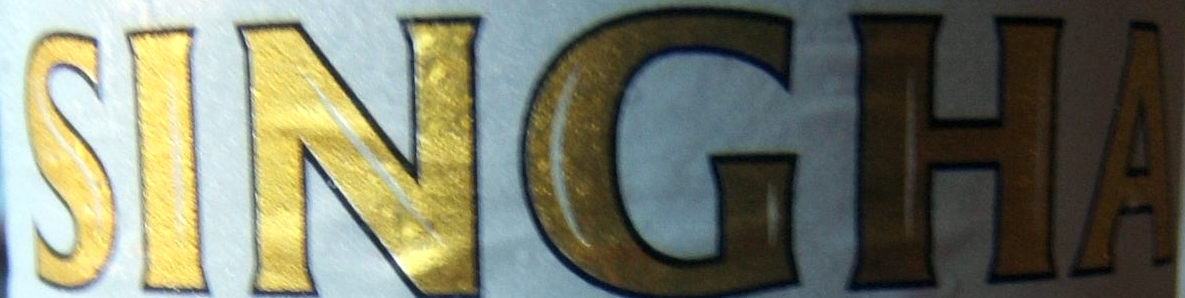
SINGHA